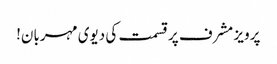
پرویز مشرف پرقسمت کی دیوی مہربان!